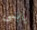
يابنى